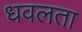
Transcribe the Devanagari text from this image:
धवलता